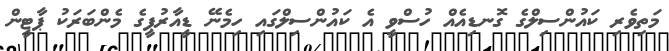
މަތިވެރި ކައުންސިލްގެ ގޮނޑިއެއް ހުސްވީ އެ ކައުންސިލްގައި ހިމެނޭ ޑީއާރުޕީގެ މެންބަރަކު ޕާޓީން